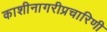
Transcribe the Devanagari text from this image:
काशीनागरीप्रचारिणी